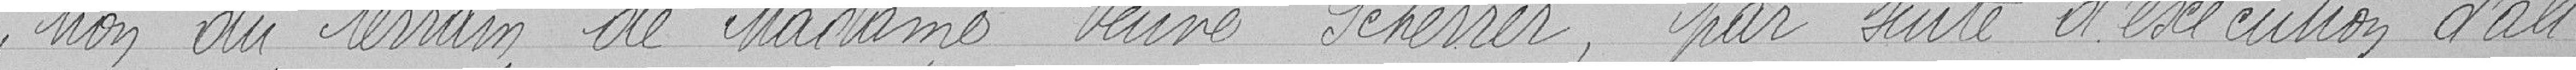
tion du terrain de Madame Veuve Scherrer, par suite d'exécution d'ali-